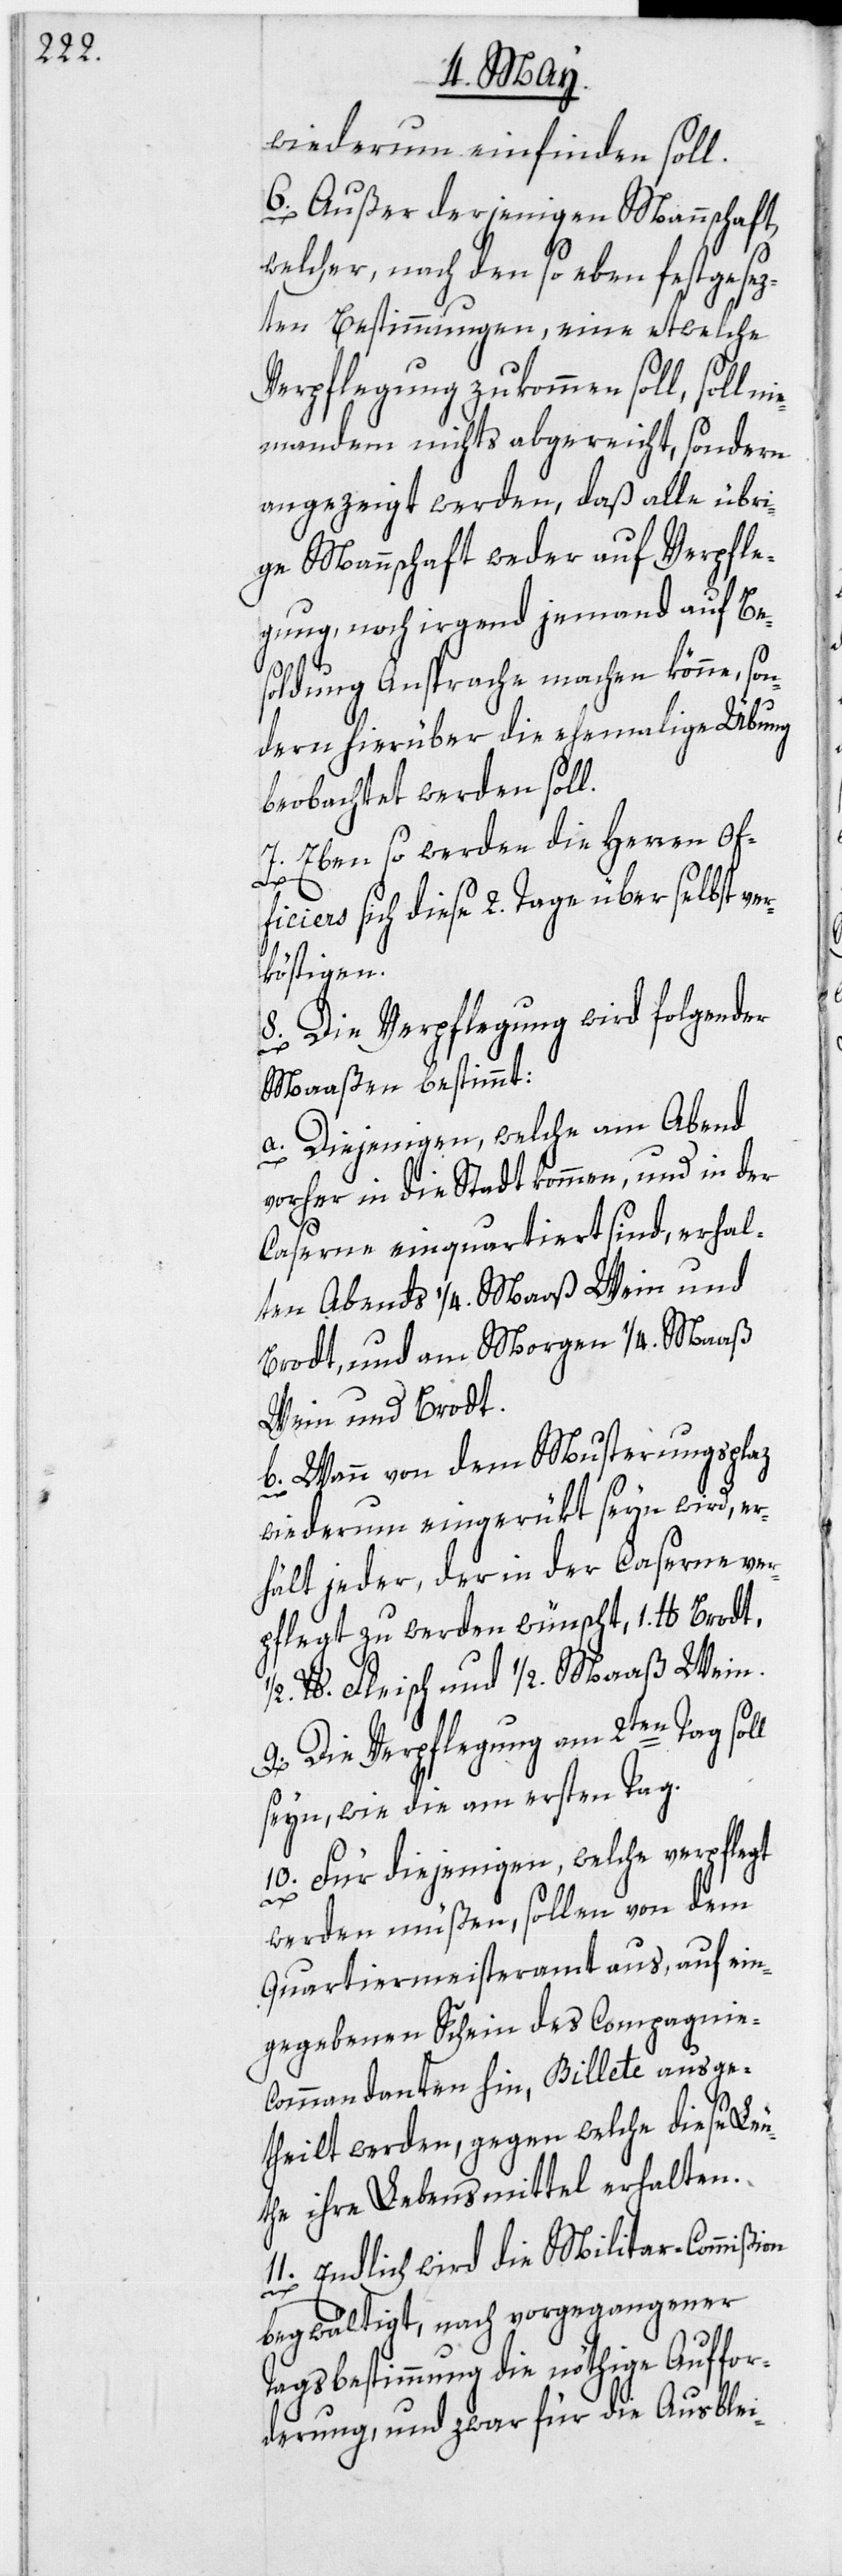
wiederum einfinden soll.
6. Außer derjenigen Mannschaft,
welcher, nach den so eben festgesez¬
ten Bestimmungen, eine etwelche
Verpflegung zukommen soll, soll n¬
iemandem nichts abgereicht, sondern
angezeigt werden, daß alle übri¬
ge Mannschaft weder auf Verpfle¬
gung, noch irgend jemand auf Be¬
soldung Ansprache machen könne, son¬
dern hierüber die ehemalige Übung
beobachtet werden soll.
7. Eben so werden die Herren Of¬
ficiers sich diese 2. Tage über selbst ve¬
rköstigen.
8. Die Verpflegung wird folgender
Maaßen bestimmt:
a. Diejenigen, welche am Abend
vorher in die Stadt kommen, und in der
Caserne einquartiert sind, erhal¬
ten Abends 1/4. Maaß Wein und
Brodt, und am Morgen 1/4. Maaß
Wein und Brodt.
b. Wann von dem Musterungsplaz
wiederum eingerükt seyn wird, er¬
hält jeder, der in der Caserne ver¬
pflegt zu werden wünscht, 1. lb. Brodt,
lb. Fleisch und 1/2. Maaß Wein.
9. Die Verpflegung am 2ten Tag soll
seyn, wie die am ersten Tag.
10. Für diejenigen, welche verpflegt
werden müßen, sollen von dem
Quartiermeisteramt aus, auf ein¬
gegebenen Schein des Compagnie-C¬
ommandanten hin, Billete ausge¬
theilt werden, gegen welche diese Leu¬
the ihre Lebensmittel erhalten.
11. Endlich wird die Militar-Commißion
begwältigt, nach vorgegangener
Tagsbestimmung die nöthige Auffor¬
derung, und zwar für die Ausblei-